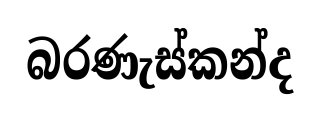
බරණැස්කන්ද